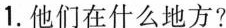
1. 他们在什么地方?